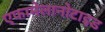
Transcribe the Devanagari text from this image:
एफामेलानोटाइड